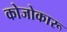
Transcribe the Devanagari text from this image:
कोजोकारू